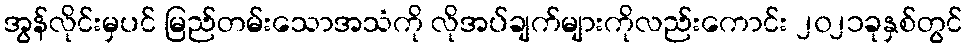
အွန်လိုင်းမှပင် မြည်တမ်းသောအသံကို လိုအပ်ချက်များကိုလည်းကောင်း ၂၀၂၁ခုနှစ်တွင်